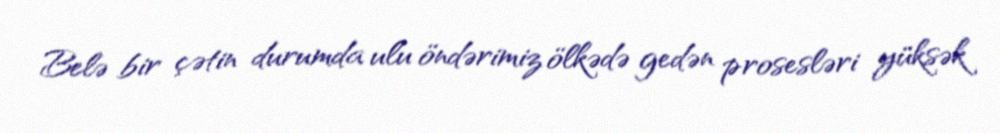
Belə bir çətin durumda ulu öndərimiz ölkədə gedən prosesləri yüksək